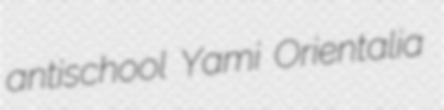
antischool Yami Orientalia